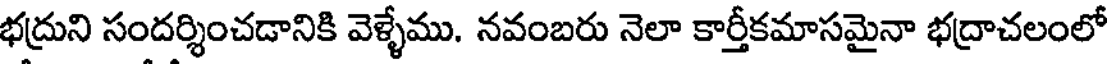
భద్రుని సందర్శించడానికి వెళ్ళేము. నవంబరు నెలా కార్తీకమాసమైనా భద్రాచలంలో